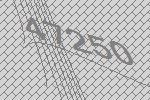
47250